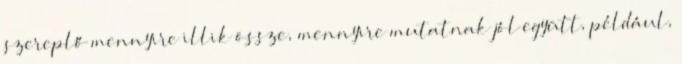
szereplő mennyire illik össze, mennyire mutatnak jól együtt, például,